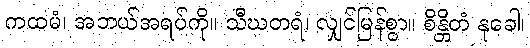
ကထမံ၊ အဘယ်အရပ်ကို။ သီဃတရံ၊ လျှင်မြန်စွာ။ စိန္တိတံ နုခေါ၊